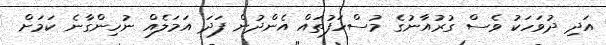
އަދި ދުވަހަކު ވެސް ގުރުއާނުގެ މުސްހަފުތައް އެންދުން ފަދަ އަމަލެއް ނުހިންގާނެ ކަމަށް